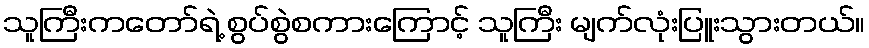
သူကြီးကတော်ရဲ့ စွပ်စွဲစကားကြောင့် သူကြီး မျက်လုံးပြူးသွားတယ်။